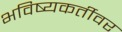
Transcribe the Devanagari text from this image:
भविष्यकर्तीवर